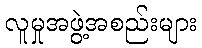
လူမှုအဖွဲ့အစည်းများ